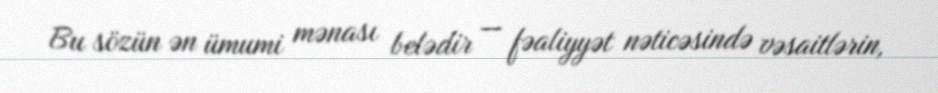
Bu sözün ən ümumi mənası belədir — fəaliyyət nəticəsində vəsaitlərin,